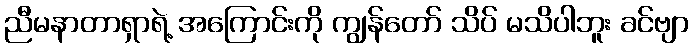
ညီမနာတာရှာရဲ့ အကြောင်းကို ကျွန်တော် သိပ် မသိပါဘူး ခင်ဗျာ